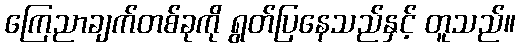
ကြေညာချက်တစ်ခုကို ရွတ်ပြနေသည်နှင့် တူသည်။